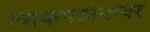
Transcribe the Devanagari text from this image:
विकिपेडीयावर